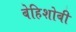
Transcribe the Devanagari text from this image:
बेहिशोबी